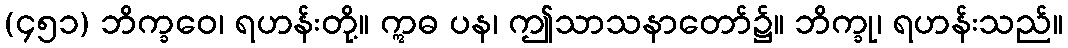
(၄၅၁) ဘိက္ခဝေ၊ ရဟန်းတို့။ ဣဓ ပန၊ ဤသာသနာတော်၌။ ဘိက္ခု၊ ရဟန်းသည်။